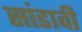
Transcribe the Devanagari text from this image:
सांडावी